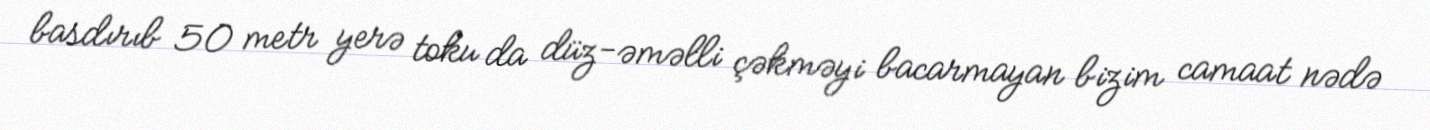
basdırıb 50 metr yerə toku da düz-əməlli çəkməyi bacarmayan bizim camaat nədə